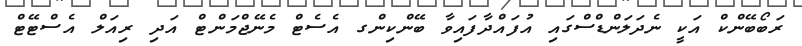
ރަބޯބޭންކް އަކީ ނެދަލަންޑްސްގައި އުފައްދާފައިވާ ބޭންކިންގ އެސެޓް މެނޭޖްމަންޓް އަދި ރިއަލް އެސްޓޭޓް